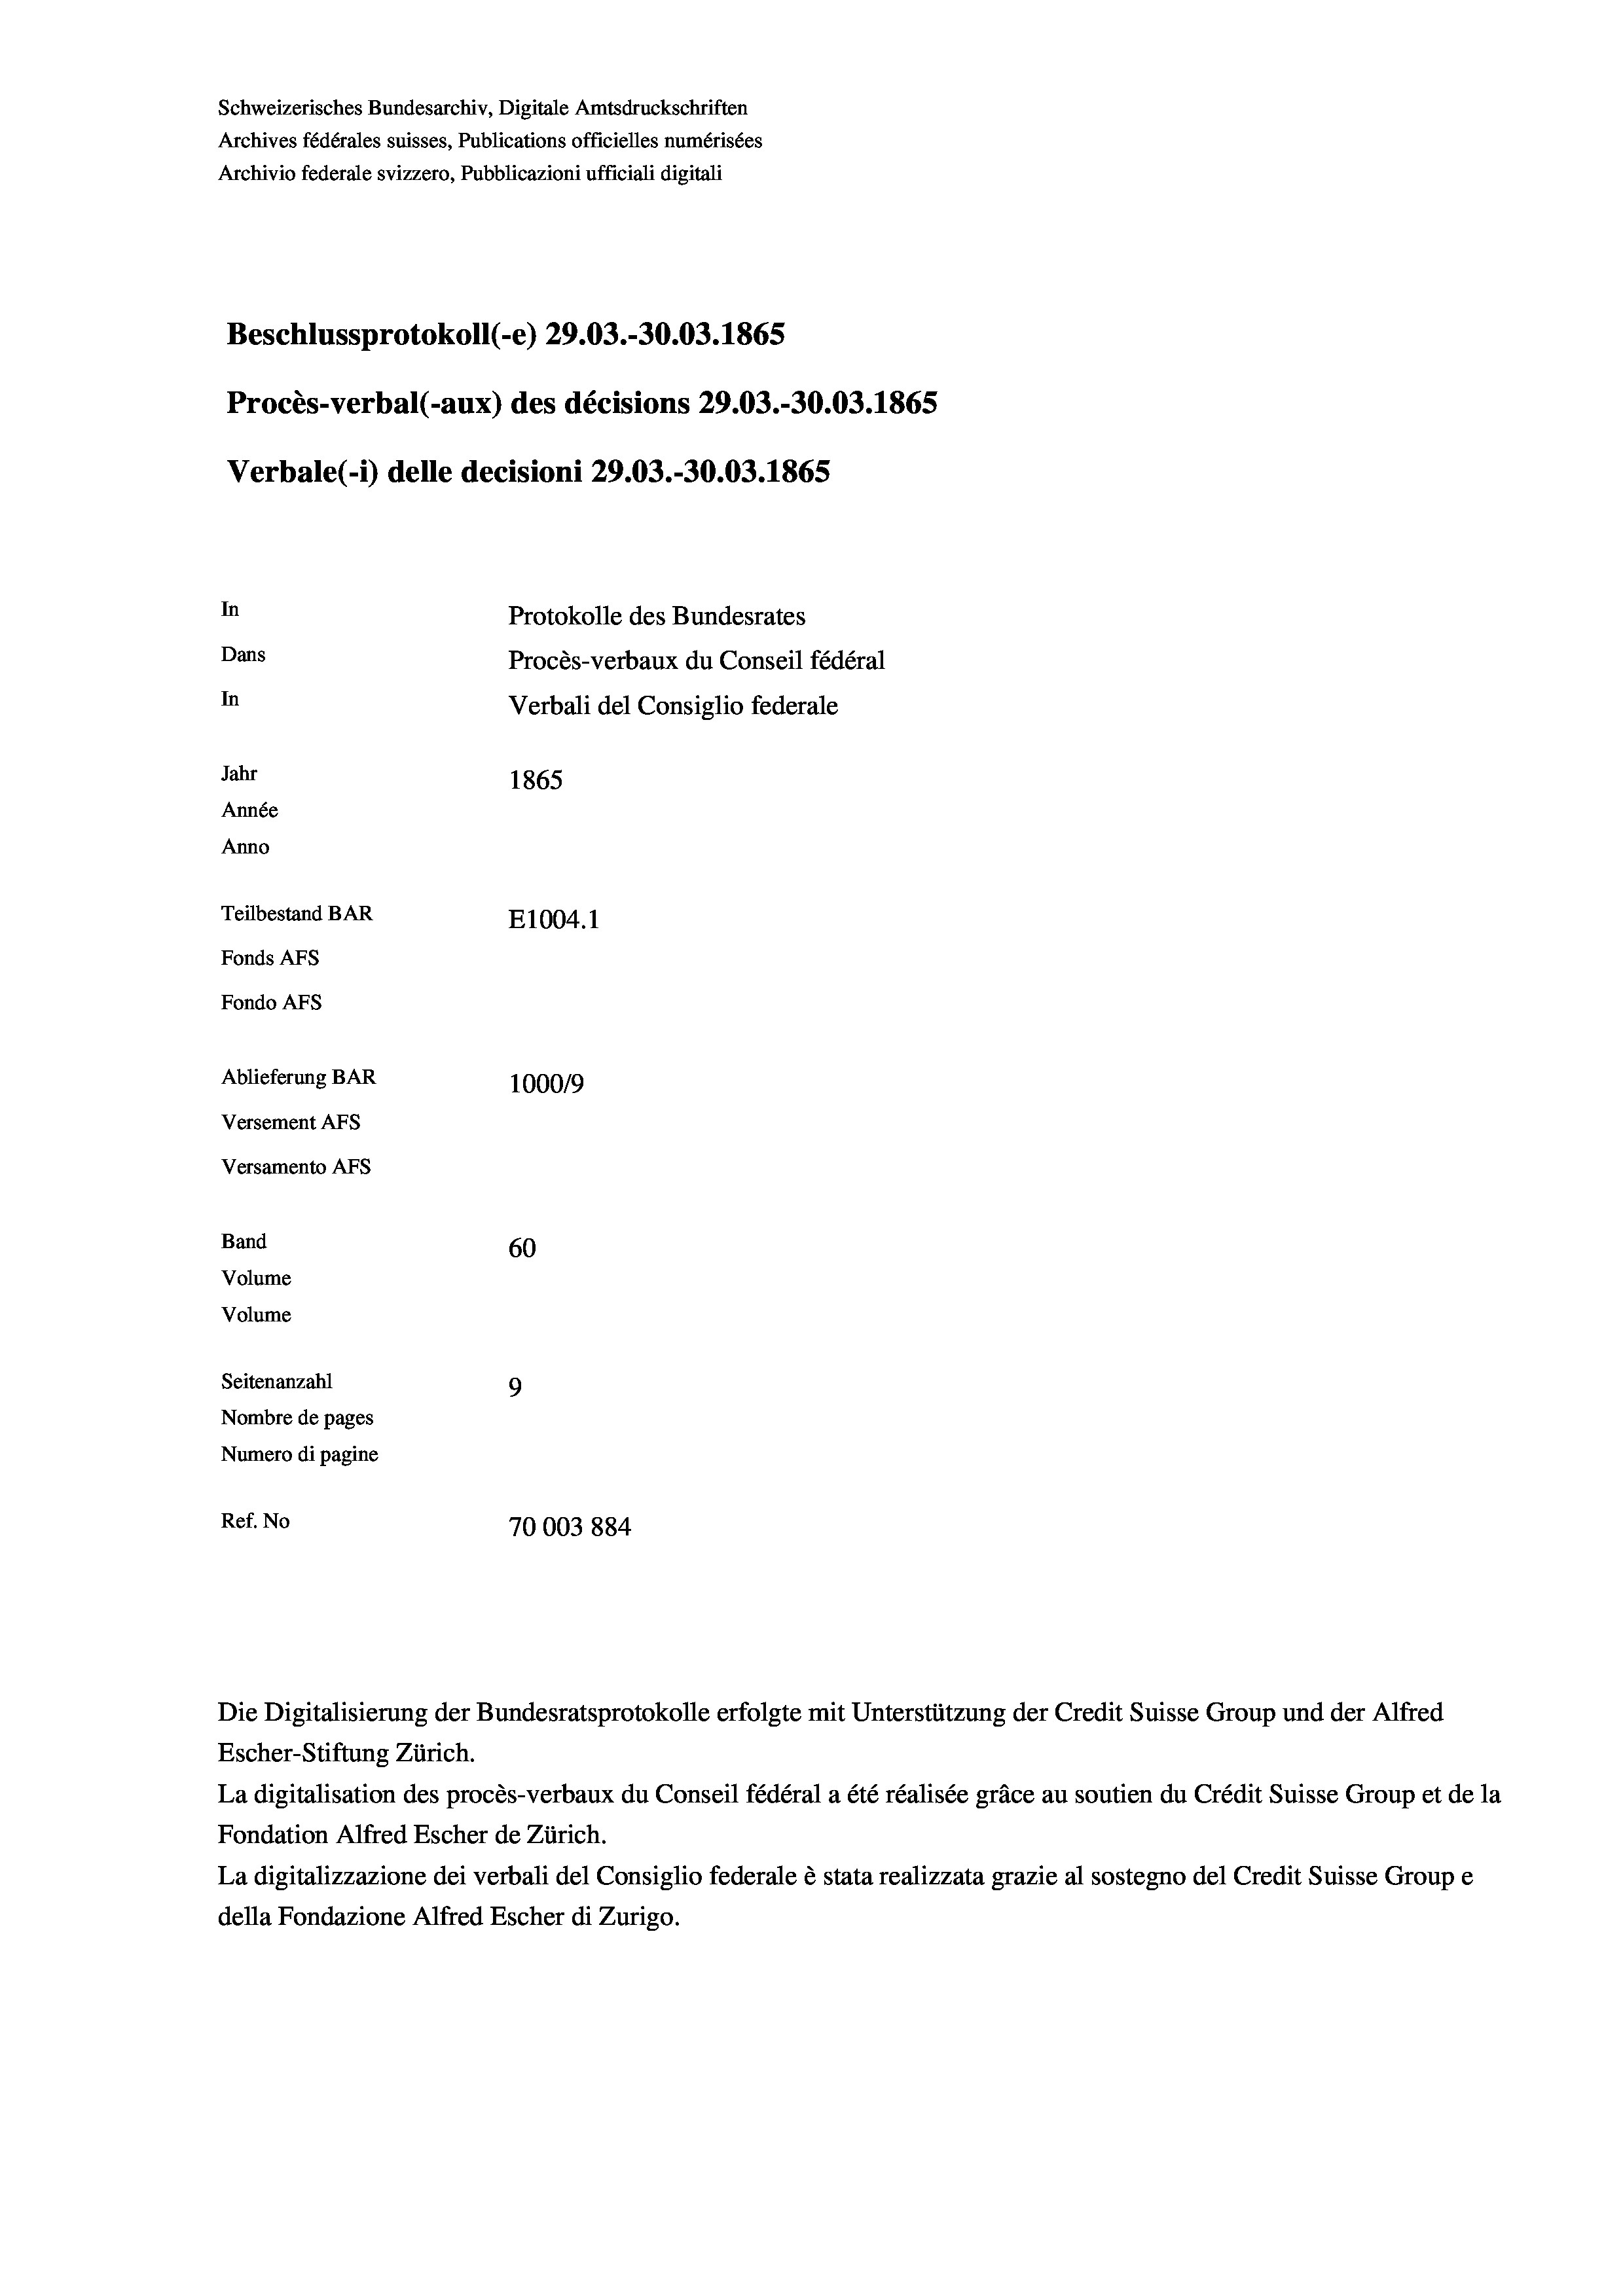
Schweizerisches Bundesarchiv, Digitale Amtsdruckschriften
Archives fédérales suisses, Publications officielles numérisées
Archivio federale svizzero, Pubblicazioni ufficiali digitali
Beschlussprotokoll (-e) 29.03.-30.03. 1865
Procès-verbal (-aux) des décisions 29.03.-30.03. 1865
Verbale (- 1) delle decisioni 29.03.-30.03. 1865
In
Protokolle des Bundesrates
Dans
Procès-verbaux du Conseil fédéral
In
Verbali del Consiglio federale
Jahr
1865
Année
Anno
Teilbestand BAR
E1004.1
Fonds AFs
Fondo Afs
Ablieferung BAR
100019
Versement AFs
Versamento AFs

60
Seitenanzahl
9
Nombre de pages
Numero di pagine
Ref. No
70003884

Band
Volume

Volume

Escher-Stiftung Zürich.

Die Digitalisierung der Bundesratsprotokolle erfolgte mit Unterstützung der Credit Suisse Group und der Alfred

La digitalisation des procès-verbaux du Conseil fédéral a été réalisée gräce au soutien du Crédit Suisse Group et de la
Fondation Alfred Escher de Zürich.
La digitalizzazione dei verbali del Consiglio federale è stata realizzata grazie al sostegno del Credit Suisse Groupe
della Fondazione Alfred Escher di Zurigo.